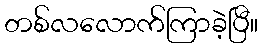
တစ်လလောက်ကြာခဲ့ပြီ။